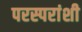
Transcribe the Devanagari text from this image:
परस्‍परांशी